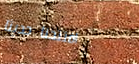
افتتحنا حديثاً